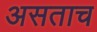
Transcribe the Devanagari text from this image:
असताच